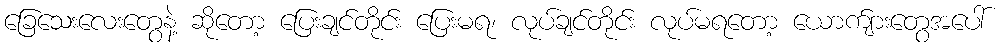
ခြေသေးလေးတွေနဲ့ ဆိုတော့ ပြေးချင်တိုင်း ပြေးမရ၊ လုပ်ချင်တိုင်း လုပ်မရတော့ ယောက်ျားတွေအပေါ်